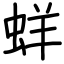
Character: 蛘